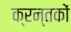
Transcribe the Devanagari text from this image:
क्रन्तकों